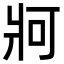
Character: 牁